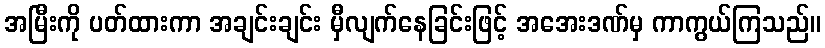
အမြီးကို ပတ်ထားကာ အချင်းချင်း မှီလျက်နေခြင်းဖြင့် အအေးဒဏ်မှ ကာကွယ်ကြသည်။